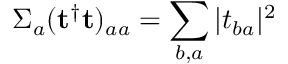
\Sigma _ { a } ( { \bf t ^ { \dagger } t } ) _ { a a } = \sum _ { b , a } | t _ { b a } | ^ { 2 }